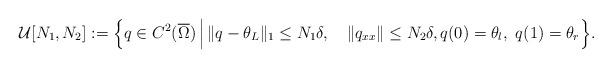
LaTeX: \begin{align*}\mathcal{U}[N_1,N_2]:=\Big\{q\in C^2(\overline{\Omega})\,\Big|\, \|q-\theta_L\|_1\leq N_1\delta,\quad\|q_{xx}\|\leq N_2\delta,q(0)=\theta_l,\ q(1)=\theta_r \Big\}.\end{align*}